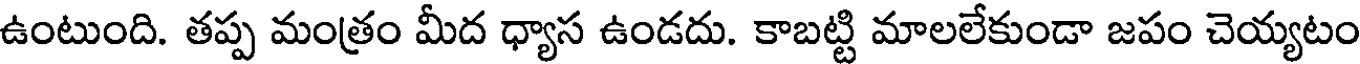
ఉంటుంది. తప్ప మంత్రం మీద ధ్యాస ఉండదు. కాబట్టి మాలలేకుండా జపం చెయ్యటం